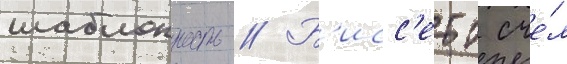
шаблонность // Б'исс'етт сче́л